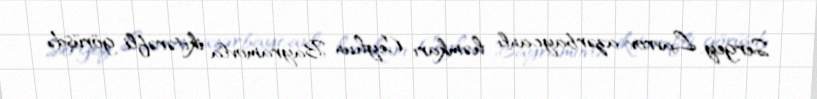
Sergey Lavrov azərbaycanlı həmkarı Ceyhun Bayramovla ikitərəfli görüşdə